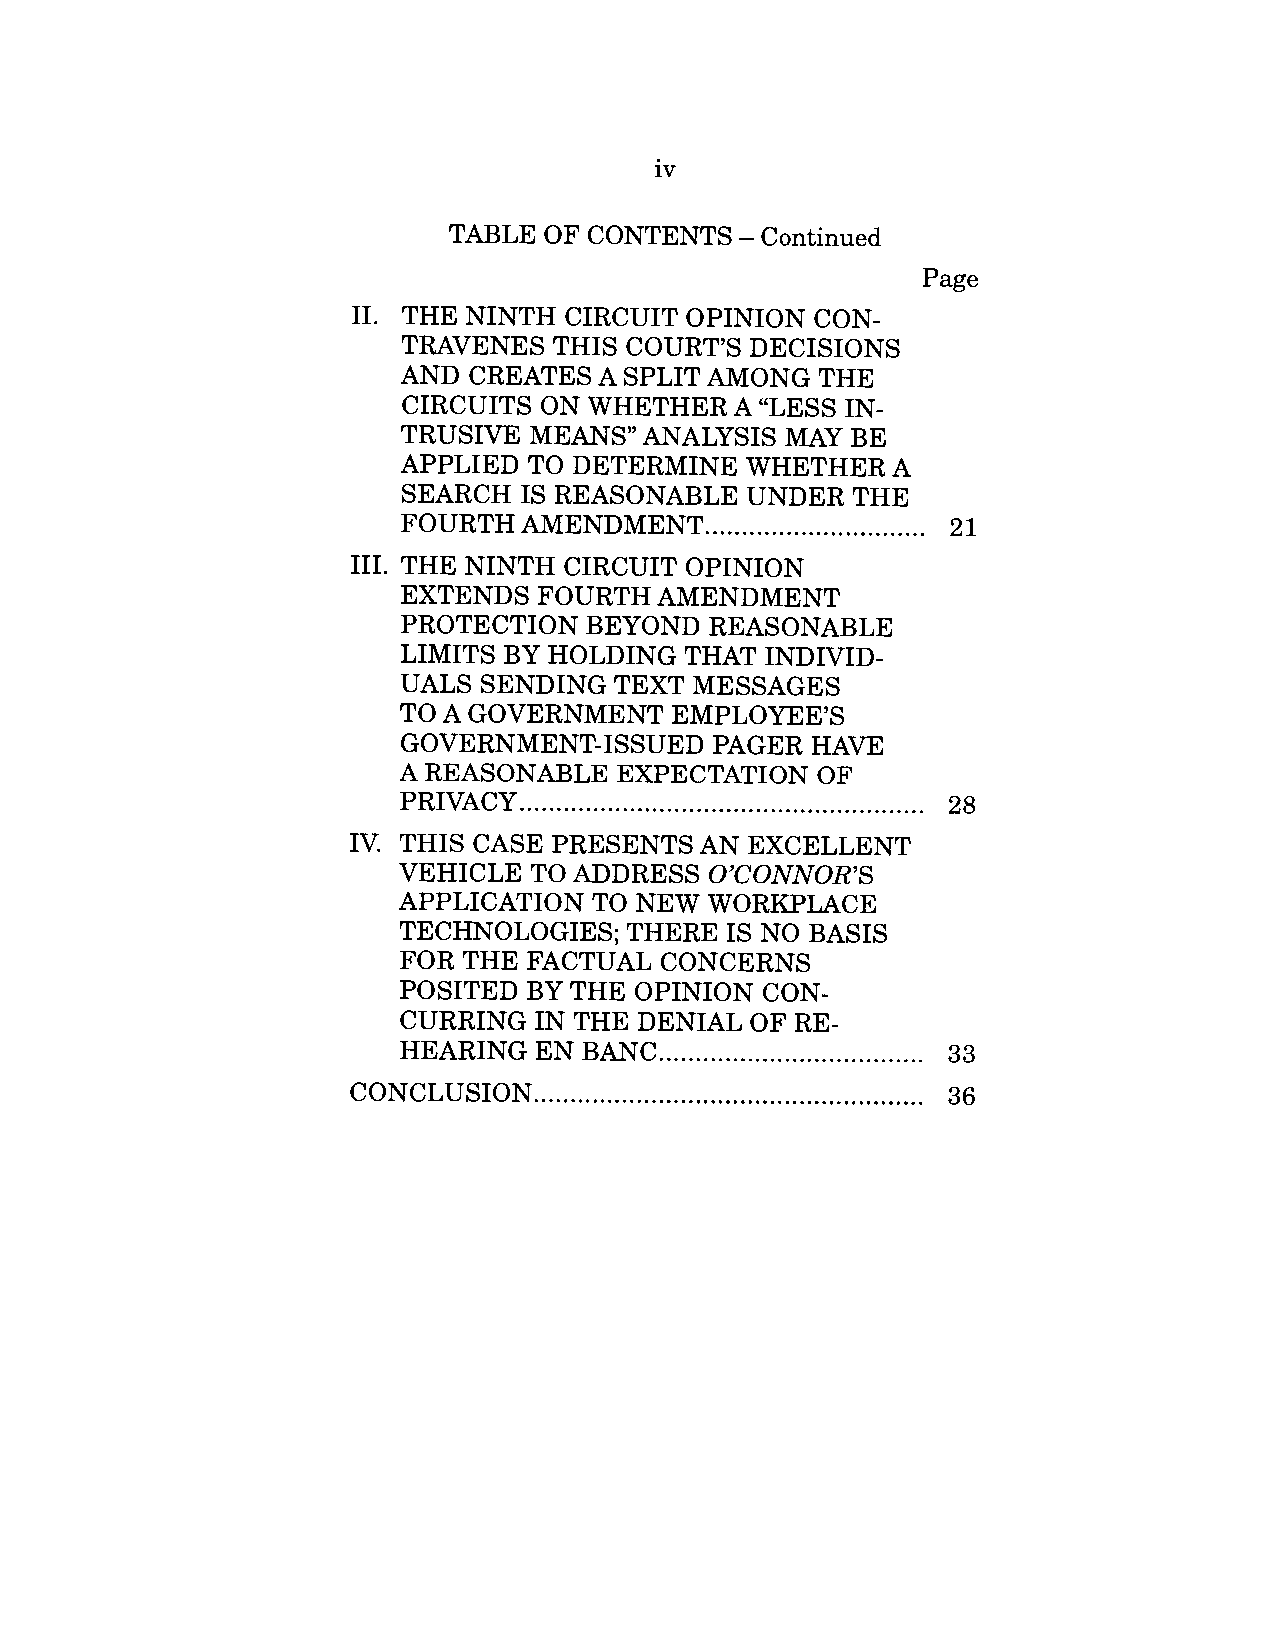
iv
 TABLE  OF CONTENTS  - Continued
 Page
 II. THE NINTH CIRCUIT  OPINION  CON-
 TRAVENES    THIS COURT’S  DECISIONS
 AND  CREATES   A SPLIT AMONG  THE
 CIRCUITS ON  WHETHER   A "LESS IN-
 TRUSIVE  MEANS"   ANALYSIS  MAY  BE
 APPLIED  TO  DETERMINE   WHETHER   A
 SEARCH   IS REASONABLE   UNDER  THE
 FOURTH   AMENDMENT     ............................2..1
 III. THE NINTH CIRCUIT  OPINION
 EXTENDS   FOURTH   AMENDMENT
 PROTECTION   BEYOND   REASONABLE
 LIMITS  BY HOLDING   THAT INDIVID-
 UALS  SENDING   TEXT MESSAGES
 TO  A GOVERNMENT    EMPLOYEE’S
 GOVERNMENT-ISSUED     PAGER  HAVE
 A REASONABLE    EXPECTATION   OF
 PRIVACY   ....................................................2...8
 IV. THIS CASE PRESENTS   AN EXCELLENT
 VEHICLE   TO ADDRESS  O’CONNOR’S
 APPLICATION   TO NEW  WORKPLACE
 TECHNOLOGIES;    THERE  IS NO BASIS
 FOR  THE FACTUAL   CONCERNS
 POSITED  BY  THE OPINION  CON-
 CURRING   IN THE DENIAL  OF RE-
 HEARING   EN BANC  ..................................3..3
 CONCLUSION    ..................................................3...6